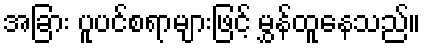
အခြား ပူပင်စရာများဖြင့် မွှန်ထူနေသည်။